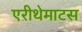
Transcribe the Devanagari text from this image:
एरीथेमाटस